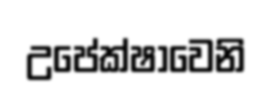
උපේක්ෂාවෙනි